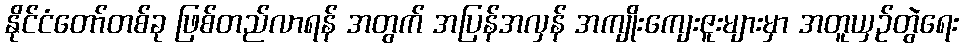
နိုင်ငံတော်တစ်ခု ဖြစ်တည်လာရန် အတွက် အပြန်အလှန် အကျိုးကျေးဇူးများမှာ အတူယှဉ်တွဲရေး